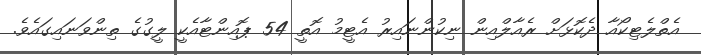
އެތްލެޓިކޯއާ ދެކޮޅަށް ރެއާލްއިން ނިކުންނައިރު އެޓީމު އޮތީ 54 ޕޮއިންޓާއެކީ ލީގުގެ ތިންވަނައިގައެވެ.